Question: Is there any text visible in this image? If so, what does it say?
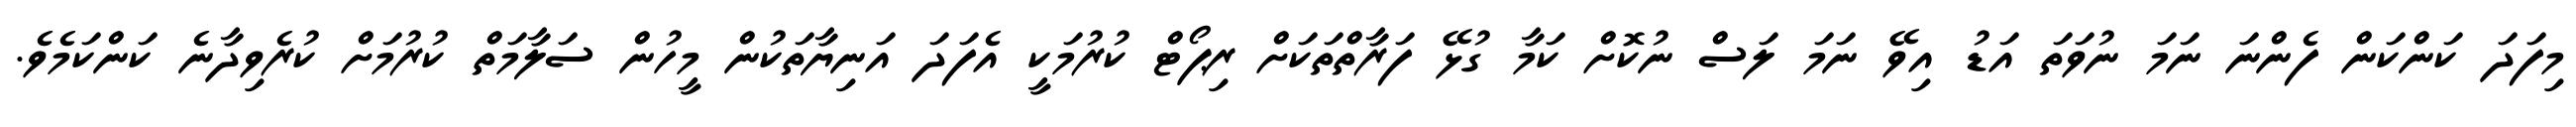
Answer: މިފަދަ ކަންކަން ފެންނަ ނަމަ ނުވަތަ އަޑު އިވޭ ނަމަ ލަސް ނުކޮށް ކަމާ ގުޅޭ ފަރާތްތަކަށް ރިޕޯޓް ކުރުމަކީ އެފަދަ އަނިޔާތަކުން މީހުން ސަލާމަތް ކުރުމަށް ކުރެވިދާނެ ކަންކަމެވެ.